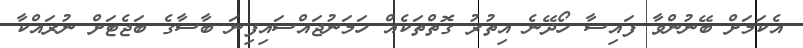
އެކަމަށް ބޭނުންވާ ފައިސާ ހޯދޭނެ އިތުރު ގޮތްތަކެއް ހަމަނުޖައްސައިފިނަ ބާސާގެ ބަޖެޓަށް ނުރައްކާ